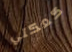
كعكتي